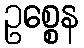
ဥစ္စေန